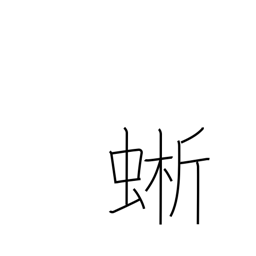
Meaning: a lizard